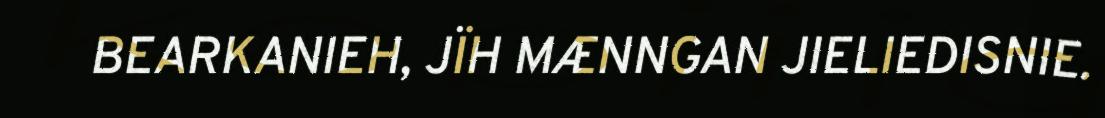
BEARKANIEH, JÏH MÆNNGAN JIELIEDISNIE.